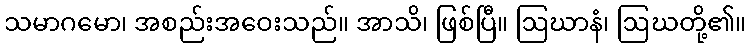
သမာဂမော၊ အစည်းအဝေးသည်။ အာသိ၊ ဖြစ်ပြီ။ ဩဃာနံ၊ ဩဃတို့၏။